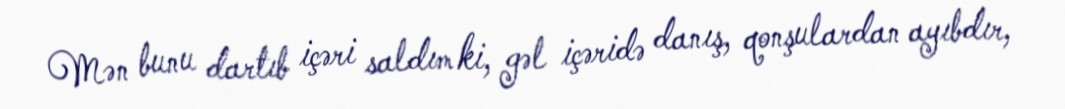
Mən bunu dartıb içəri saldım ki, gəl içəridə danış, qonşulardan ayıbdır,